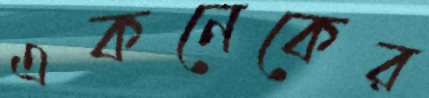
একনেকের